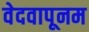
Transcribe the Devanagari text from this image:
वेदवापूनम